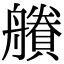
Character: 𧷽